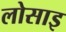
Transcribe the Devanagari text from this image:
लोसाइ